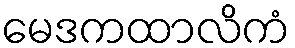
မေဒကထာလိကံ